Indian journal of veterinary science and animal husbandry - Volume 5,
Year: 1935
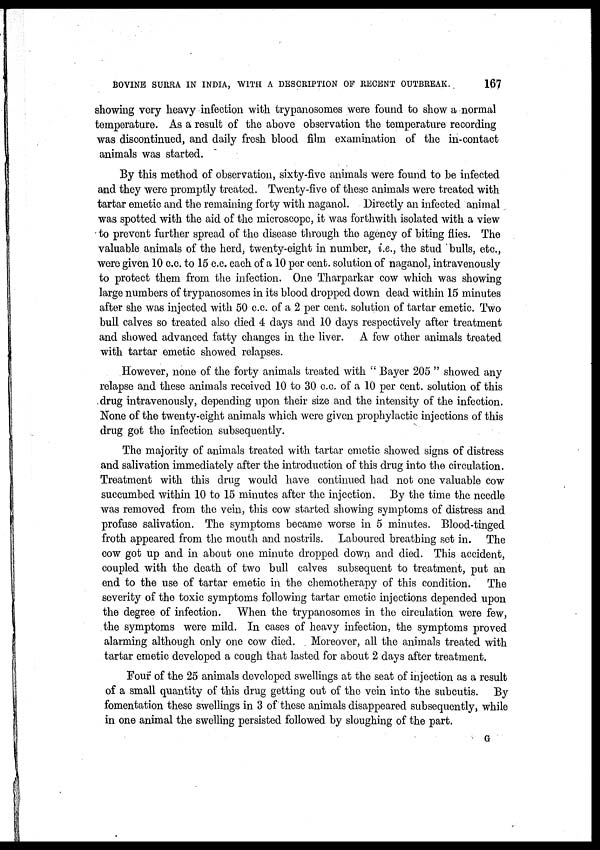
BOVINE SURRA IN INDIA, WITH A DESCRIPTION OF RECENT OUTBREAK.
167
showing very heavy infection with trypanosomes were found to show a normal
temperature. As a result of the above observation the temperature recording
was discontinued, and daily fresh blood film examination of the in-contact
animals was started.
By this method of observation, sixty-five animals were found to be infected
and they were promptly treated. Twenty-five of these animals were treated with
tartar emetic and the remaining forty with naganol. Directly an infected animal
was spotted with the aid of the microscope, it was forthwith isolated with a view
to prevent further spread of the disease through the agency of biting flies. The
valuable animals of the herd, twenty-eight in number, i.e., the stud bulls, etc.,
were given 10 c.c. to 15 c.c. each of a 10 per cent. solution of naganol, intravenously
to protect them from the infection. One Tharparkar cow which was showing
large numbers of trypanosomes in its blood dropped down dead within 15 minutes
after she was injected with 50 c.c. of a 2 per cent. solution of tartar emetic. Two
bull calves so treated also died 4 days and 10 days respectively after treatment
and showed advanced fatty changes in the liver. A few other animals treated
with tartar emetic showed relapses.
However, none of the forty animals treated with " Bayer 205 " showed any
relapse and these animals received 10 to 30 c.c. of a 10 per cent. solution of this
drug intravenously, depending upon their size and the intensity of the infection.
None of the twenty-eight animals which were given prophylactic injections of this
drug got the infection subsequently.
The majority of animals treated with tartar emetic showed signs of distress
and salivation immediately after the introduction of this drug into the circulation.
Treatment with this drug would have continued had not one valuable cow
succumbed within 10 to 15 minutes after the injection. By the time the needle
was removed from the vein, this cow started showing symptoms of distress and
profuse salivation. The symptoms became worse in 5 minutes. Blood-tinged
froth appeared from the mouth and nostrils. Laboured breathing set in. The
cow got up and in about one minute dropped down and died. This accident,
coupled with the death of two bull calves subsequent to treatment, put an
end to the use of tartar emetic in the chemotherapy of this condition. The
severity of the toxic symptoms following tartar emetic injections depended upon
the degree of infection. When the trypanosomes in the circulation were few,
the symptoms were mild. In cases of heavy infection, the symptoms proved
alarming although only one cow died. Moreover, all the animals treated with
tartar emetic developed a cough that lasted for about 2 days after treatment.
Four of the 25 animals developed swellings at the seat of injection as a result
of a small quantity of this drug getting out of the vein into the subcutis. By
fomentation these swellings in 3 of these animals disappeared subsequently, while
in one animal the swelling persisted followed by sloughing of the part.
G